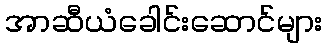
အာဆီယံခေါင်းဆောင်များ